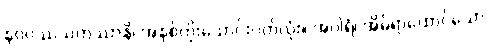
နဝဝဿသတဿာနိ၊ အနှစ်ကိုးသောင်းပတ်လုံး။ အဂါရံ၊ အိမ်ရာထောင်သော